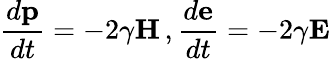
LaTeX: \frac{d\mathbf{p}}{dt}=-2\gamma\mathbf{H}\, ,\frac{d\mathbf{e}}{dt}=-2\gamma\mathbf{E}